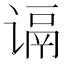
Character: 𬤑